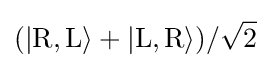
(|\mathrm {R} ,\mathrm {L} \rangle +|\mathrm {L} ,\mathrm {R} \rangle )/{\sqrt {2}}